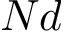
N d